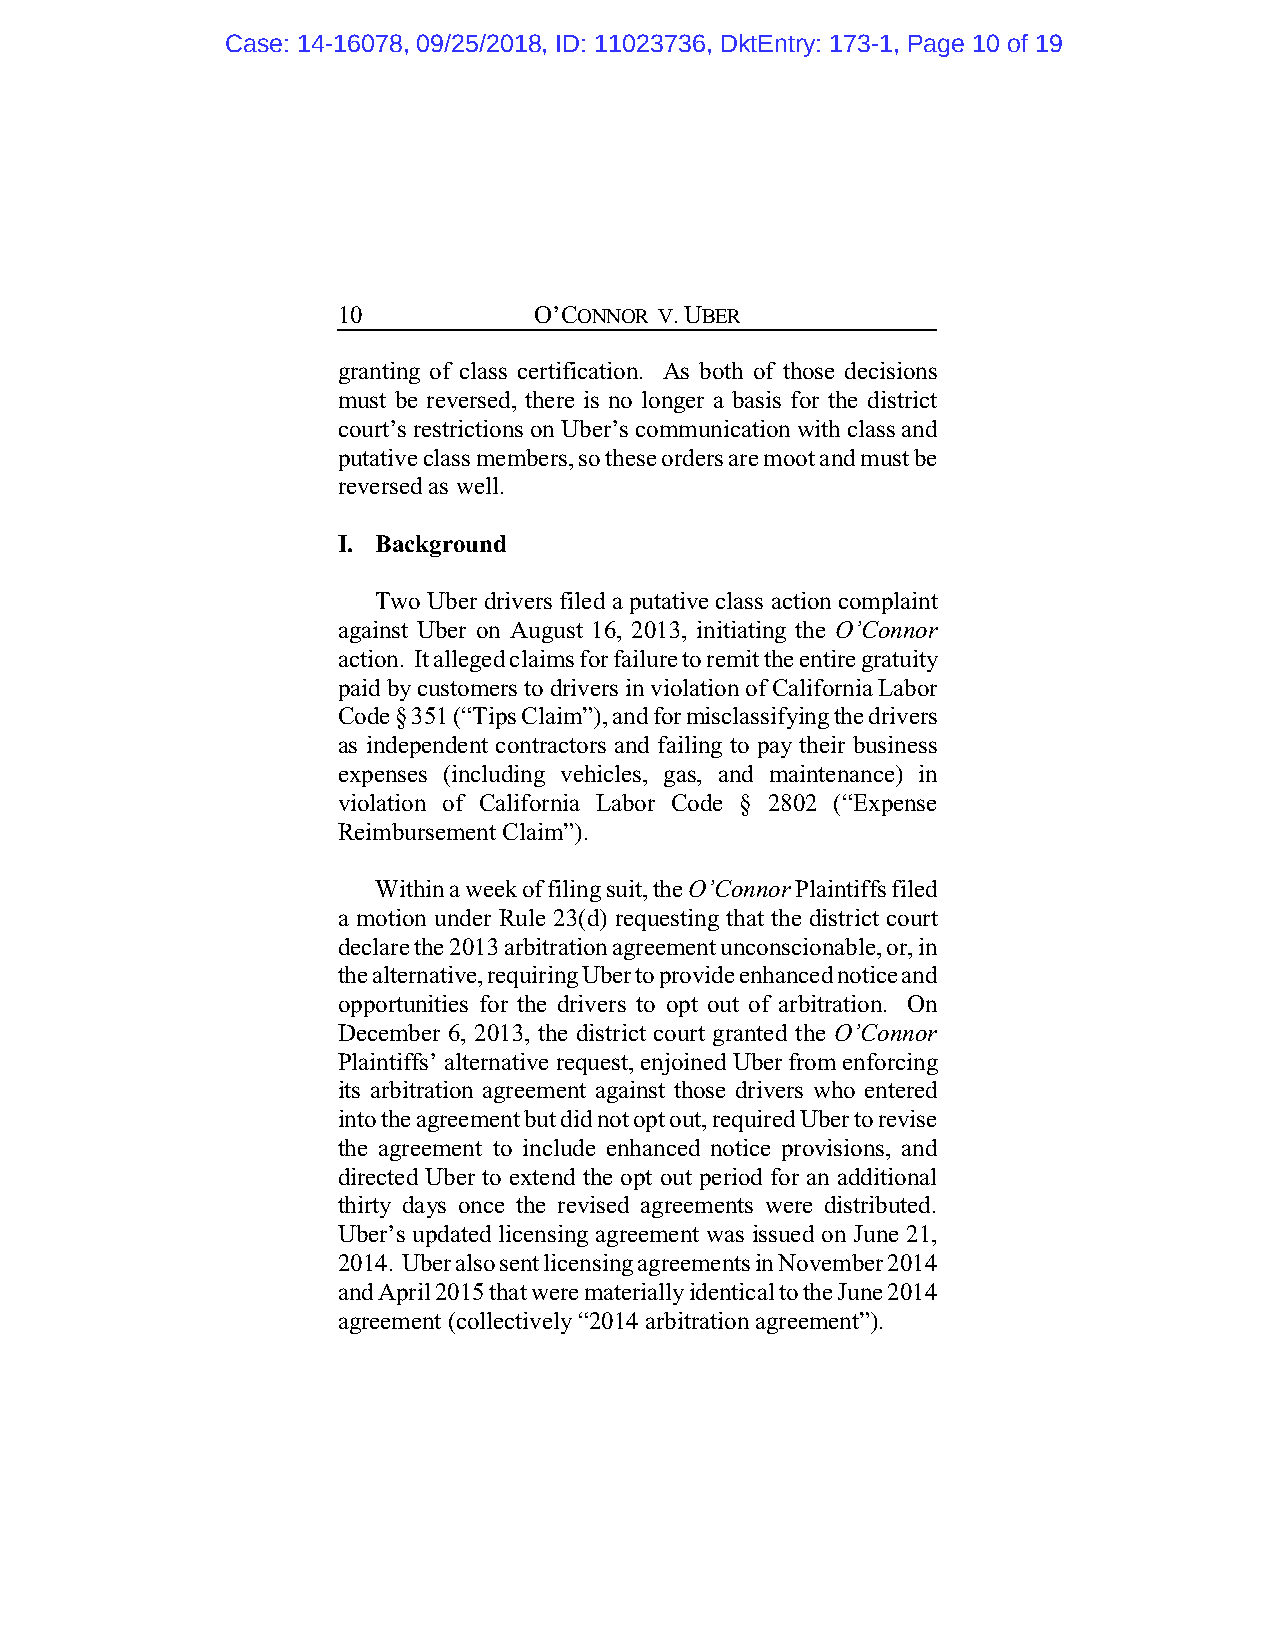
Case: 14-16078, 09/25/2018, ID: 11023736, DktEntry: 173-1, Page 10 of 19
 10           O’CONNOR V. UBER
 granting of class certification. As both of those decisions
 must be reversed, there is no longer a basis for the district
 court’s restrictions on Uber’s communication with class and
 putative class members, so these orders are moot and must be
 reversed as well.
 I. Background
 Two Uber drivers filed a putative class action complaint
 against Uber on August 16, 2013, initiating the O’Connor
 action. It alleged claims for failure to remit the entire gratuity
 paid by customers to drivers in violation of California Labor
 Code § 351 (“Tips Claim”), and for misclassifying the drivers
 as independent contractors and failing to pay their business
 expenses (including vehicles, gas, and maintenance) in
 violation of California Labor Code § 2802 (“Expense
 Reimbursement Claim”).
 Within a week of filing suit, the O’Connor Plaintiffs filed
 a motion under Rule 23(d) requesting that the district court
 declare the 2013 arbitration agreement unconscionable, or, in
 the alternative, requiring Uber to provide enhanced notice and
 opportunities for the drivers to opt out of arbitration. On
 December 6, 2013, the district court granted the O’Connor
 Plaintiffs’ alternative request, enjoined Uber from enforcing
 its arbitration agreement against those drivers who entered
 into the agreement but did not opt out, required Uber to revise
 the agreement to include enhanced notice provisions, and
 directed Uber to extend the opt out period for an additional
 thirty days once the revised agreements were distributed.
 Uber’s updated licensing agreement was issued on June 21,
 2014. Uber also sent licensing agreements in November 2014
 and April 2015 that were materially identical to the June 2014
 agreement (collectively “2014 arbitration agreement”).